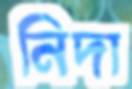
নিদা